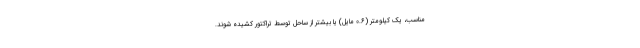
مناسب، یک کیلومتر (0.6 مایل) یا بیشتر از ساحل توسط تراکتور کشیده شوند.